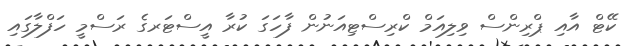
ކޭޓް އާއި ޕްރިންސް ވިލިއަމް ކްރިސްޓިއަނުން ފާހަގަ ކުރާ އީސްޓަރގެ ރަސްމީ ހަފްލާގައި